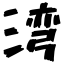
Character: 湾